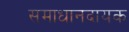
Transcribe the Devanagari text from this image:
समाधानदायक